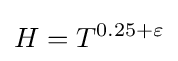
H=T^{0.25+\varepsilon }